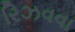
રિઝવવા